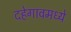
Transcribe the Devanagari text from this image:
दहेगावमध्ये